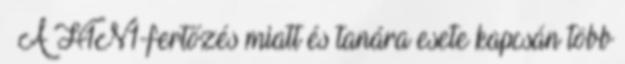
– A H1N1-fertőzés miatt és tanára esete kapcsán több